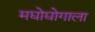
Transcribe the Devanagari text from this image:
मद्योद्योगाला